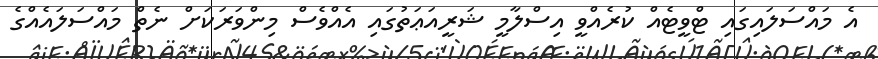
އެ މައްސަލައިގައި ޓްވީޓެއް ކުރެއްވީ އިސްލާމީ ޝަރީއަޢަތުގައި އެއްވެސް މިންވަރަކަށް ނެތް މައްސަލައެއްގެ